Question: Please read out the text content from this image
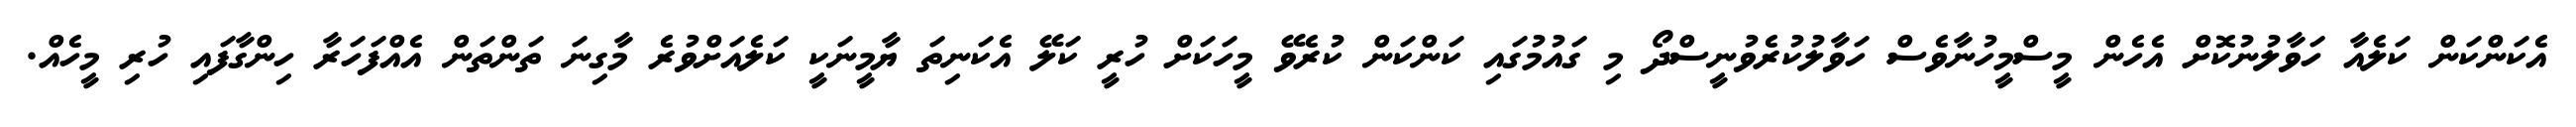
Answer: އެކަންކަން ކަލެއާ ހަވާލުނުކޮށް އެހެން މީސްމީހުނާވެސް ހަވާލުކުރެވުނީސްދޯ މި ގައުމުގައި ކަންކަން ކުރެވޭ މީހަކަށް ހުރީ ކަލޭ އެކަނިތަ ޔާމީނަކީ ކަލެއަށްވުރެ މާގިނަ ތަންތަން އެއްފަހަރާ ހިންގާފައި ހުރި މީހެއް.